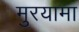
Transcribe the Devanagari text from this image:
मुरयामा